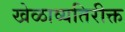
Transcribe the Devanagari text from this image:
खेळाव्यतिरीक्त